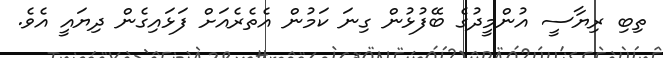
ތިބި ރިޔާސީ އުންމީދުގެ ބޭފުޅުން ގިނަ ކަމުން އެތެރެއަށް ފަޅައިގެން ދިޔައީ އެވެ.